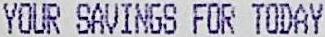
YOUR SAVINGS FOR TODAY